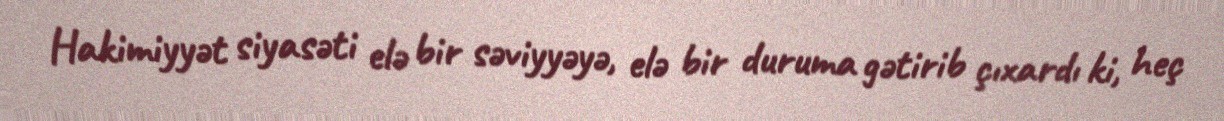
Hakimiyyət siyasəti elə bir səviyyəyə, elə bir duruma gətirib çıxardı ki, heç